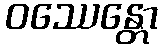
ဝဿေန္တော